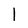
Character: l